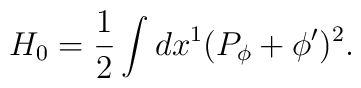
H_0={1\over 2}\int dx^1(P_\phi+\phi')^2.